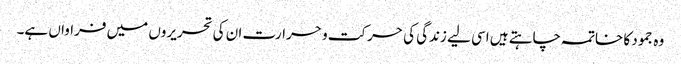
وہ جمود کا خاتمہ چاہتے ہیں اسی لیے زندگی کی حرکت و حرارت ان کی تحریروں میں فراواں ہے۔